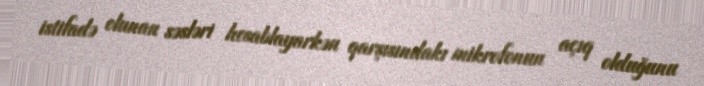
istifadə olunan səsləri hesablayarkən qarşısındakı mikrofonun açıq olduğunu